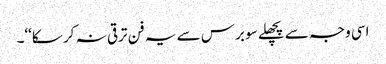
اسی وجہ سے پچھلے سو برس سے یہ فن ترقی نہ کر سکا‘‘۔